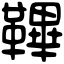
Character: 鞸